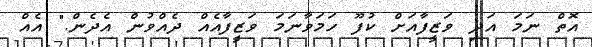
އޮތް ނަމަ އަދި ވަޒީފާއަށް ކުފޫ ހަމަވާނަމަ ވަޒީފާއެއް ދެއްވުން އެދެން." އެއް